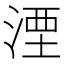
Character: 湮